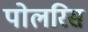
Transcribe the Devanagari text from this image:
पोलरिस